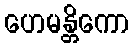
ဟေမန္တိကော